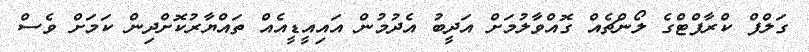
ގަލްފް ކްރާފްޓްގެ ލޯންޗެއް ގޮއްވާލުމަށް އަދީބު އެދުމުން އައިއީޑީއެއް ތައްޔާރުކޮށްދިން ކަމަށް ވެސް